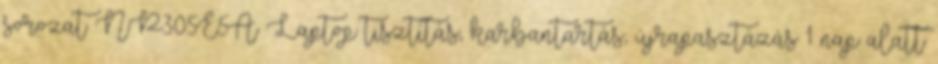
sorozat NP305E5A Laptop tisztítás, karbantartás, újrapasztázás 1 nap alatt